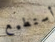
أستطيع